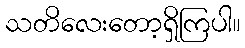
သတိလေးတော့ရှိကြပါ။